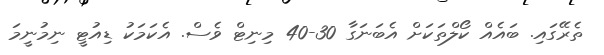
ތެރޭގައި. ބައެއް ކޯލްތަކަށް އެބަނަގާ 30-40 މިނިޓް ވެސް. އެކަމަކު ޑިއުޓީ ނިމުނީމަ